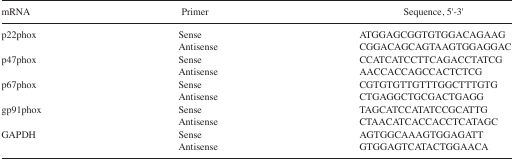
<table><thead><tr><td><b>mRNA</b></td><td><b>Primer</b></td><td><b>Sequence, 5′-3′</b></td></tr></thead><tbody><tr><td>p22phox</td><td>Sense</td><td>ATGGAGCGGTGTGGACAGAAG</td></tr><tr><td></td><td>Antisense</td><td>CGGACAGCAGTAAGTGGAGGAC</td></tr><tr><td>p47phox</td><td>Sense</td><td>CCATCATCCTTCAGACCTATCG</td></tr><tr><td></td><td>Antisense</td><td>AACCACCAGCCACTCTCG</td></tr><tr><td>p67phox</td><td>Sense</td><td>CGTGTGTTGTTTGGCTTTGTG</td></tr><tr><td></td><td>Antisense</td><td>CTGAGGCTGCGACTGAGG</td></tr><tr><td>gp91phox</td><td>Sense</td><td>TAGCATCCATATCCGCATTG</td></tr><tr><td></td><td>Antisense</td><td>CTAACATCACCACCTCATAGC</td></tr><tr><td>GAPDH</td><td>Sense</td><td>AGTGGCAAAGTGGAGATT</td></tr><tr><td></td><td>Antisense</td><td>GTGGAGTCATACTGGAACA</td></tr></tbody></table>